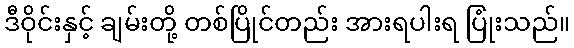
ဒီဝိုင်းနှင့် ချမ်းတို့ တစ်ပြိုင်တည်း အားရပါးရ ပြုံးသည်။